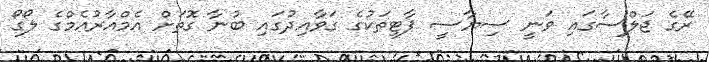
ރޭގެ ޖަލްސާގައި ވަނީ ސިޔާސީ ޕާޓީތަކުގެ ގަވާއިދުގައި ބުނާ ގޮތަށް އެމްއާރުއެމްގެ ލޯގޯ